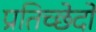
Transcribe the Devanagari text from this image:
प्रतिच्छेदों